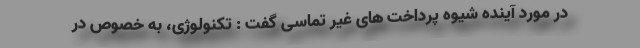
در مورد آینده شیوه پرداخت های غیر تماسی گفت : تکنولوژی، به خصوص در